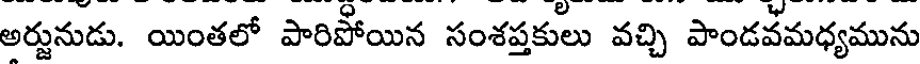
అర్జునుడు. యింతలో పారిపోయిన సంశప్తకులు వచ్చి పాండవమధ్యమును